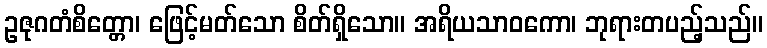
ဥဇုဂတံစိတ္တော၊ ဖြေင့်မတ်သော စိတ်ရှိသော။ အရိယသာဝကော၊ ဘုရားတပည့်သည်။